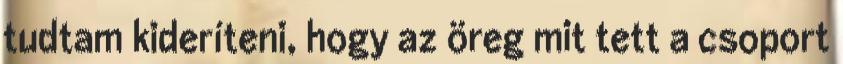
tudtam kideríteni, hogy az öreg mit tett a csoport